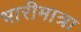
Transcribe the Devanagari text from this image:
भारीमात्रा